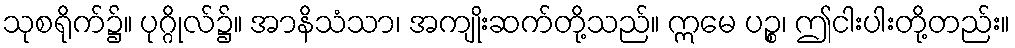
သုစရိုက်၌။ ပုဂ္ဂိုလ်၌။ အာနိသံသာ၊ အကျိုးဆက်တို့သည်။ ဣမေ ပဉ္စ၊ ဤငါးပါးတို့တည်း။